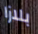
بلازا